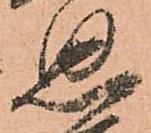
思